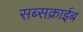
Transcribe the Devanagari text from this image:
सब्सक्राईब